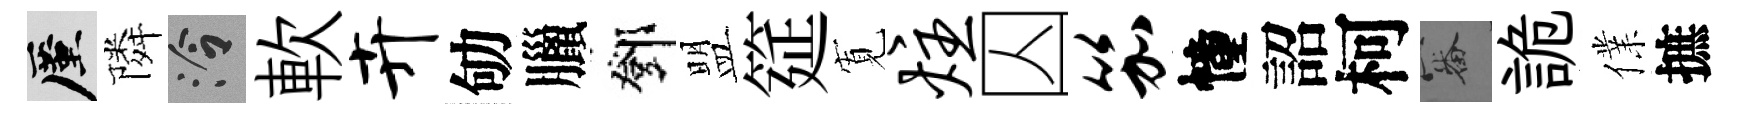
厪隣泠軟卉劬臘鄧盟筵𡩖炷囚笳幢詔柯審詭㒒摭